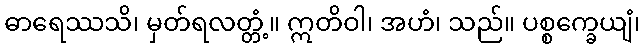
ဓာရေဿသိ၊ မှတ်ရလတ္တံ့။ ဣတိဝါ၊ အဟံ၊ သည်။ ပစ္စက္ခေယျံ၊